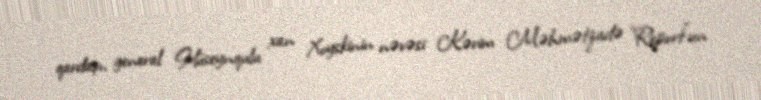
qardaşı, general Hüseynqulu xan Xoyskinin nəvəsi Kərim Məhmətzadə "Report"un